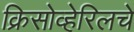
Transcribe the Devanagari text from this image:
क्रिसोव्हेरिलचे